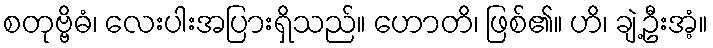
စတုဗ္ဗိဓံ၊ လေးပါးအပြားရှိသည်။ ဟောတိ၊ ဖြစ်၏။ ဟိ၊ ချဲ့ဦးအံ့။